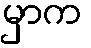
မှာက